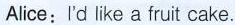
Alice:I'd like a fruit cake.